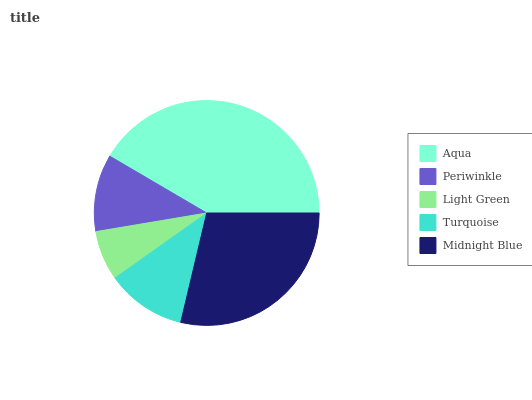
| Aqua | Periwinkle | Light Green | Turquoise | Midnight Blue |
 | --- | --- | --- | --- | --- |
 | 41.6% | 11.1% | 7.18% | 11.5% | 28.7% |